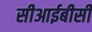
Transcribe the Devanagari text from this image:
सीआईबीसी